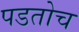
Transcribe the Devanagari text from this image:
पडतोच